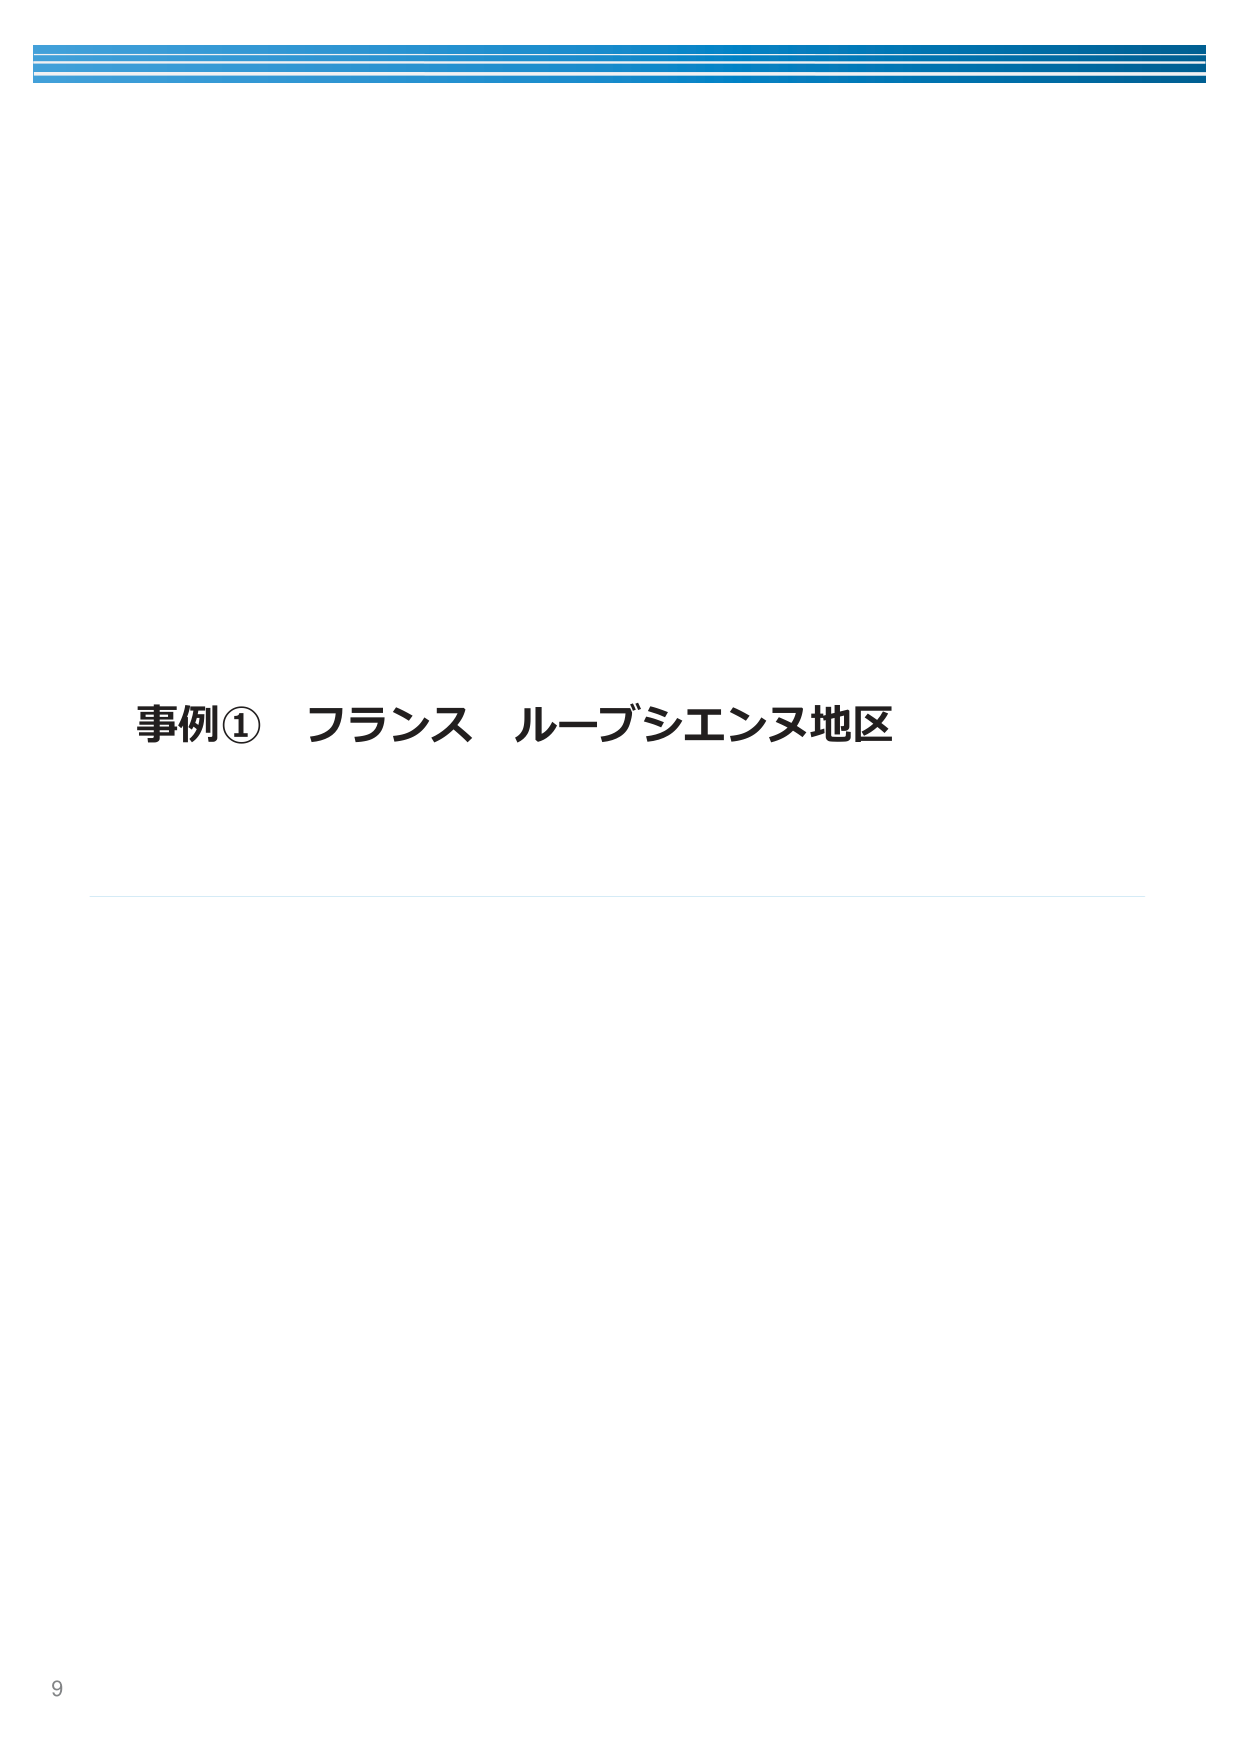
事例① フランス ルーブシエンヌ地区
9